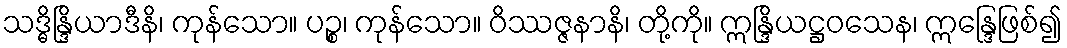
သဒ္ဓိန္ဒြိယာဒီနိ၊ ကုန်သော။ ပဉ္စ၊ ကုန်သော။ ဝိဿဇ္ဇနာနိ၊ တို့ကို။ ဣန္ဒြိယဋ္ဌဝသေန၊ ဣန္ဒြေဖြစ်၍